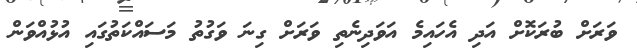
ވަރަށް ބުރަކޮށް އަދި އެހައިމެ އަވަދިނެތި ވަރަށް ގިނަ ވަގުތު މަސައްކަތުގައި އުޅުއްވަން